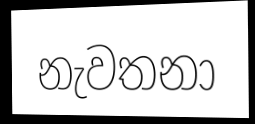
නැවතනා